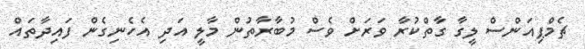
ޗެމްޕިއަންސް ލީގާ ގާތްކުރާ ވަރަށް ވެސް މުބާރާތުން މާލީ އަދި އެހެނިގެން ފައިދާތައް